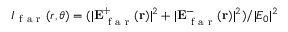
I _ { \mathrm { ~ f ~ a ~ r ~ } } ( r , \theta ) = ( | \mathbf { E } _ { \mathrm { ~ f ~ a ~ r ~ } } ^ { + } ( \mathbf { r } ) | ^ { 2 } + | \mathbf { E } _ { \mathrm { ~ f ~ a ~ r ~ } } ^ { - } ( \mathbf { r } ) | ^ { 2 } ) / | E _ { 0 } | ^ { 2 }